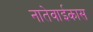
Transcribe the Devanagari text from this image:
नातेवाईकास